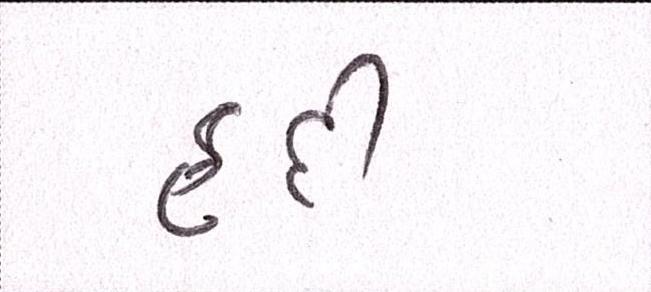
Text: હદી